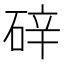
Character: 𪿢